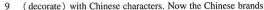
\underline{9} ( decorae) with Chinese characters. Now the Chinese brands